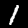
Label: 1